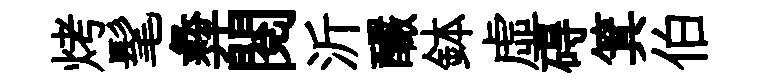
烤髦彜閱沂釅鉢虛碍箕伯